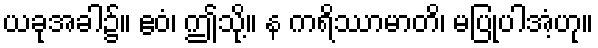
ယခုအခါ၌။ ဧဝံ၊ ဤသို့။ န ကရိဿာမာတိ၊ မပြုပါအံ့ဟု။